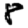
Digit: 8